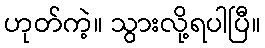
ဟုတ်ကဲ့။ သွားလို့ရပါပြီ။